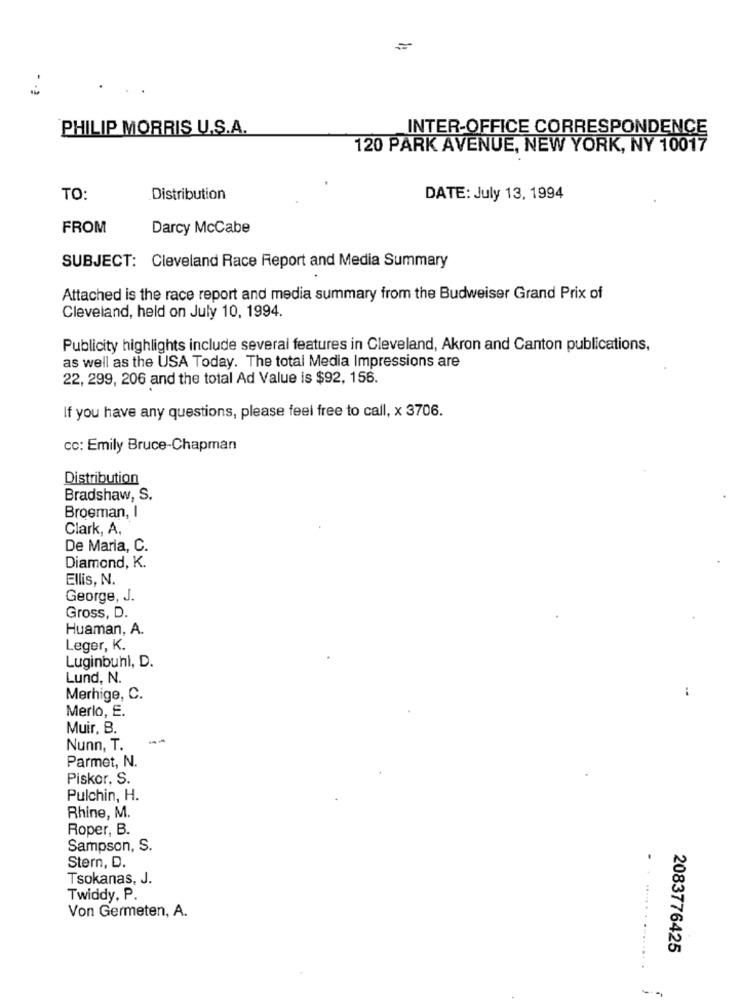
=
PHILIP MORRIS U.S.A.
INTER-OFFICE CORRESPONDENCE
120 PARK AVENUE, NEW YORK, NY 10017
TO:
Distribution
DATE: July 13, 1994
FROM
Darcy McCabe
SUBJECT: Cleveland Race Report and Media Summary
Attached is the race report and media summary from the Budweiser Grand Prix of
Cleveland, held on July 10, 1994.
Publicity highlights include several features in Cleveland, Akron and Canton publications,
as well as the USA Today. The total Media Impressions are
22, 299, 206 and the total Ad Value is $92, 156.
If you have any questions, please feel free to call, x 3706.
cc: Emily Bruce-Chapman
Distribution
Bradshaw, S.
Broeman, I
Clark, A,
De Maria, C.
Diamond, K.
Ellis, N.
George, J.
Gross, D.
Huaman, A.
Leger, K.
Luginbuhl, D.
Lund, N.
Merhige, C.
Merlo, E.
Muir. B.
Nunn, T.
Parmet, N.
Piskor, S.
Pulchin, H.
Rhine, M.
Roper, B.
Sampson, S.
Stern, D.
Tsokanas, J.
Twiddy, P.
Von Germeten, A.
2083776425
-
--